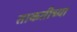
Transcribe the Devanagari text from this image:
ताकतीच्या